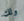
ولك